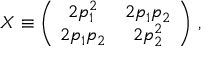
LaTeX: X \equiv \left( \begin{array} { c c } { { \! 2 p _ { 1 } ^ { 2 } } } & { { 2 p _ { 1 } p _ { 2 } \! } } \\ { { \! 2 p _ { 1 } p _ { 2 } } } & { { 2 p _ { 2 } ^ { 2 } \! } } \end{array} \right) \, ,